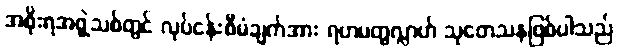
အစိုးရအဖွဲ့သစ်တွင် လုပ်ငန်းစီမံချက်အား ရဟမတွလ္လာဟ် သုတေသနဖြစ်ပါသည်